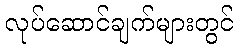
လုပ်ဆောင်ချက်များတွင်